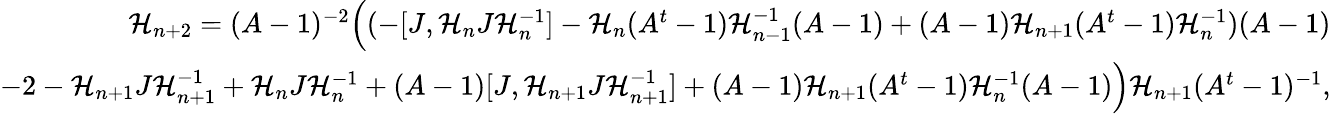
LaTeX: \begin{array}{r}{\mathcal{H}_{n+2}=(A-1)^{-2}\Big((-[J,\mathcal{H}_{n}J\mathcal{H}_{n}^{-1}]-\mathcal{H}_{n}(A^{t}-1)\mathcal{H}_{n-1}^{-1}(A-1)+(A-1)\mathcal{H}_{n+1}(A^{t}-1)\mathcal{H}_{n}^{-1})(A-1)}\\ {-2-\mathcal{H}_{n+1}J\mathcal{H}_{n+1}^{-1}+\mathcal{H}_{n}J\mathcal{H}_{n}^{-1}+(A-1)[J,\mathcal{H}_{n+1}J\mathcal{H}_{n+1}^{-1}]+(A-1)\mathcal{H}_{n+1}(A^{t}-1)\mathcal{H}_{n}^{-1}(A-1)\Big)\mathcal{H}_{n+1}(A^{t}-1)^{-1},}\end{array}